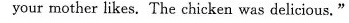
your mother likes.The chicken was delicious."